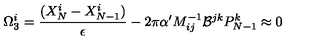
\Omega _ { 3 } ^ { i } = { \frac { ( X _ { N } ^ { i } - X _ { N - 1 } ^ { i } ) } { \epsilon } } - 2 \pi \alpha ^ { \prime } M _ { i j } ^ { - 1 } { \cal B } ^ { j k } P _ { N - 1 } ^ { k } \approx 0